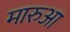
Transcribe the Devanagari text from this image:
मारुआ